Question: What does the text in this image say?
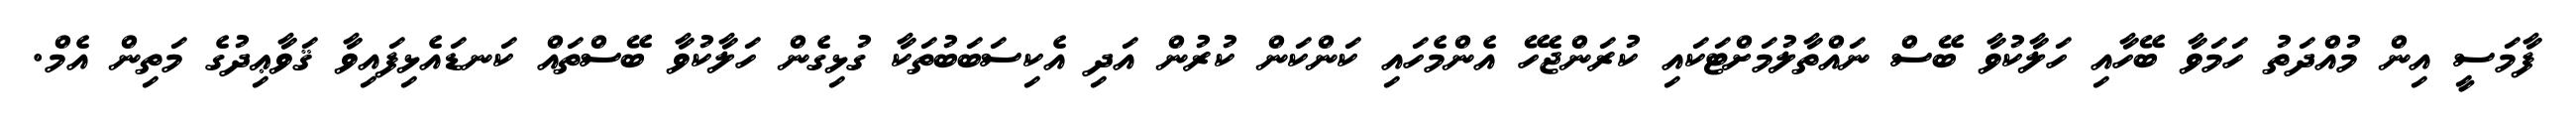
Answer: ފާމަސީ އިން މުއްދަތު ހަމަވާ ބޭހާއި ހަލާކުވާ ބޭސް ނައްތާލުމަށްޓަކައި ކުރަންޖެހޭ އެންމެހައި ކަންކަން ކުރުން އަދި އެކިސަބަބުތަކާ ގުޅިގެން ހަލާކުވާ ބޭސްތައް ކަނޑައެޅިފައިވާ ޤަވާޢިދުގެ މަތިން އެމް.